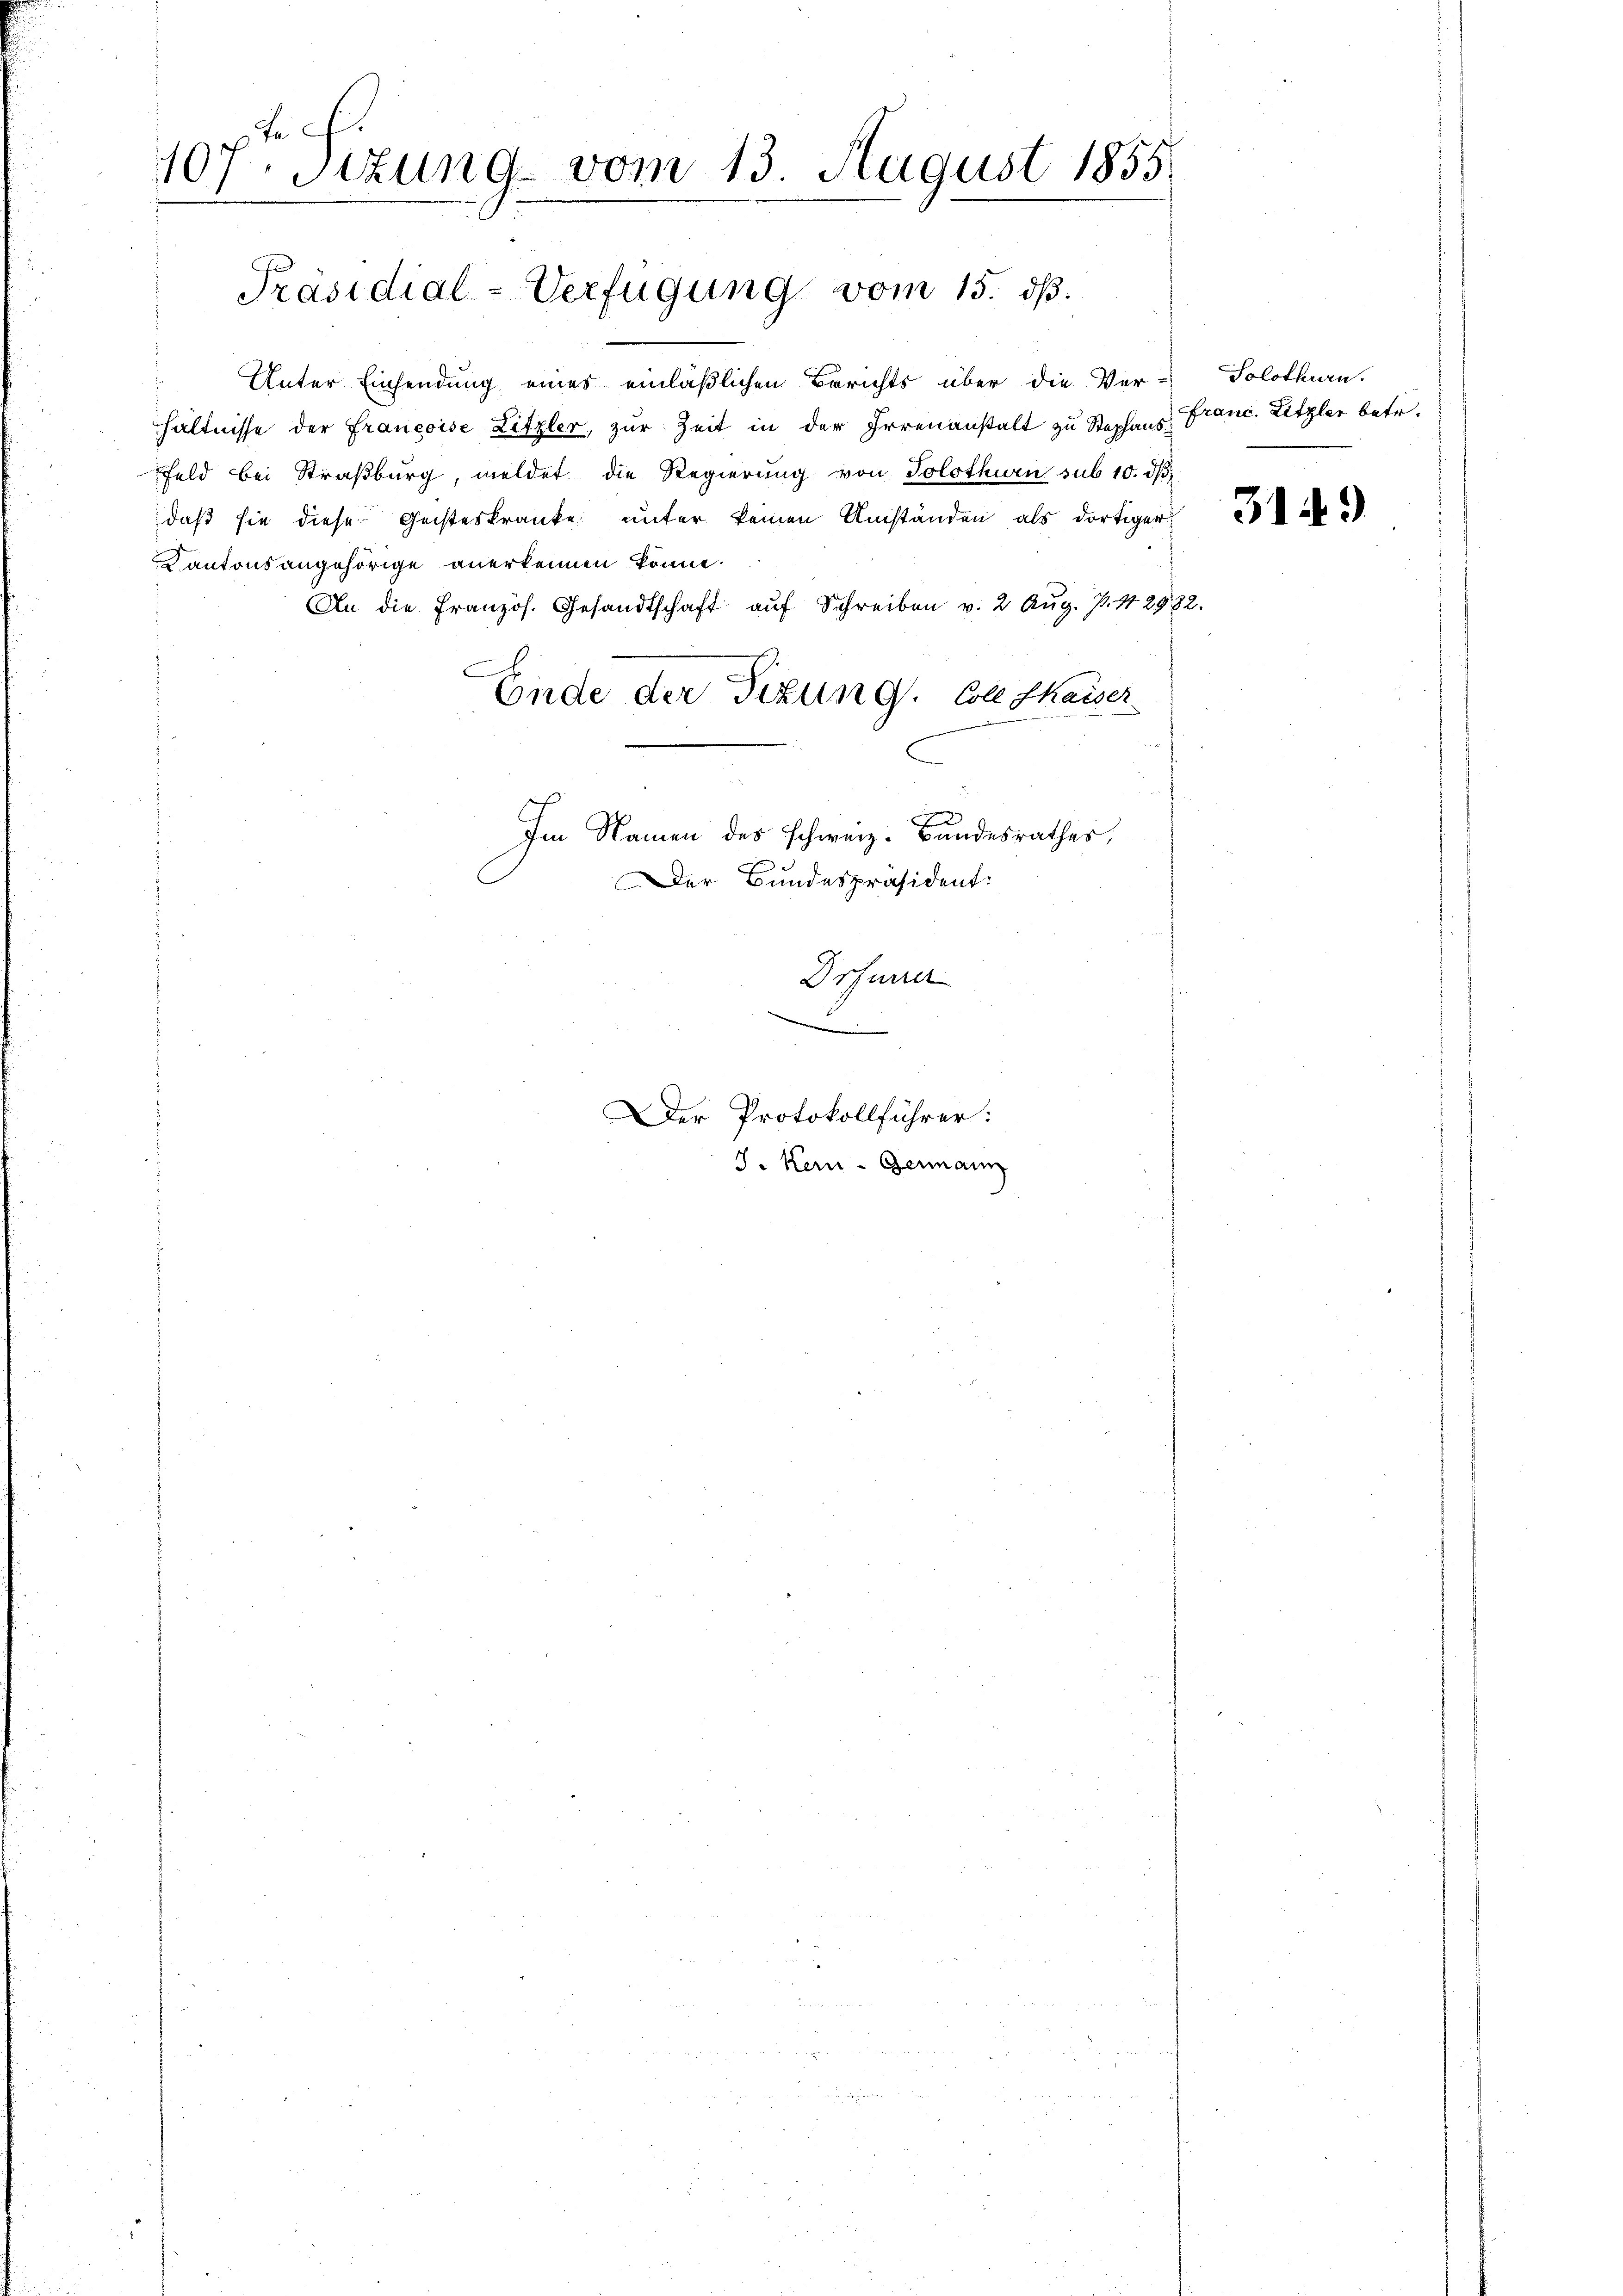
Fa
10f. Sizung vom 13. August 1855.

Präsidial-Verfügung vom 15. dß.

¬
Unter Einsendung eines einläßlichen Berichts über die Ver-Solothurn.
hältnisse der Francoise Litzler, zur Zeit in der Irrenanstalt zu Stephans¬
Feld bei Straßburg, meldet die Regierung von Solothurn sub 10. dβ
daß sie diese Geisteskranke unter keinen Umständen, als dortiger
Kantonsangehörige anerkennen könne.
An die Französ. Gesandtschaft aŭf Schreiben v. 2. Aŭg. 7. 112982.
Ende der Tizung. Colle Thaiser
Im Namen des schweiz. Bundesrathes,

Der Bundespräsident.

Drfurrer

J. Kern- Germann

Der Protokollführer:

franc. Litzler betr.

3149